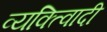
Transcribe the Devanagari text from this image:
व्यक्त्विादी